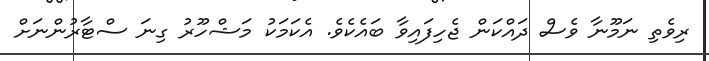
ރިވެތި ނަމޫނާ ވެސް ދައްކަން ޖެހިފައިވާ ބައެކެވެ. އެކަމަކު މަޝްހޫރު ގިނަ ސްޓާރުންނަށް